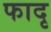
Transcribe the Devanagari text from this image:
फादृ